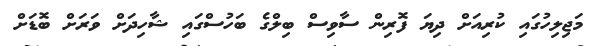
މަޖިލިހުގައި ކުރިއަށް ދިޔަ ފޮރިން ސާވިސް ބިލްގެ ބަހުސްގައި ޝާހިދަށް ވަރަށް ބޮޑަށް